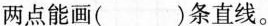
两点能画( )条直线。